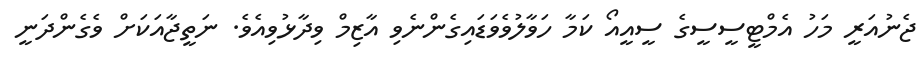
ޖެނުއަރީ މަހު އެމްޓީސީސީގެ ސީއީއޯ ކަމާ ހަވާލުވެވަޑައިގެންނެވި އާޒިމް ވިދާޅުވިއެވެ. ނަތީޖާއަކަށް ވެގެންދަނީ